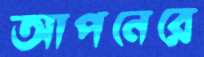
আপনেরে